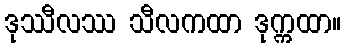
ဒုဿီလဿ သီလကထာ ဒုက္ကထာ။